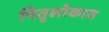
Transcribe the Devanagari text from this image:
पितृलोकात